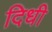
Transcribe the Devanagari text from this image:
दिधी